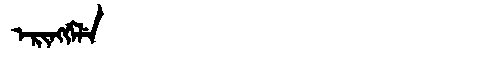
Manchu: ᡝᡵᡳᠩᡤᡝᠯᡝ
Romanization: ERINGGELE